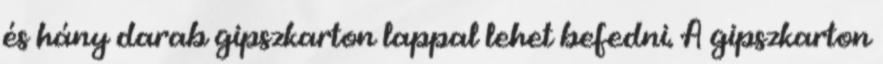
és hány darab gipszkarton lappal lehet befedni. A gipszkarton